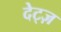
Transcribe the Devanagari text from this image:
देट्ज़